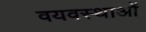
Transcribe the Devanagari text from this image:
वयवस्थाओं